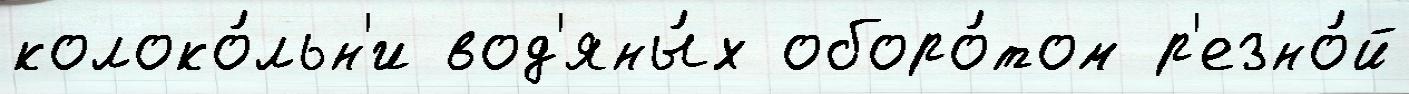
колоко́льн'и вод'яны́х оборо́том р'езно́й